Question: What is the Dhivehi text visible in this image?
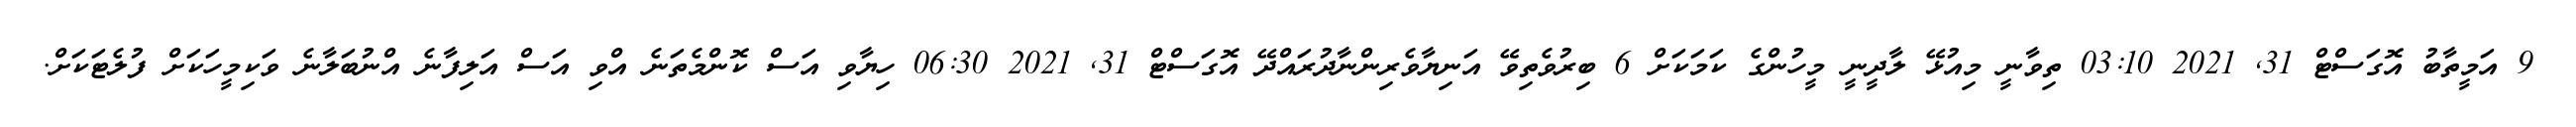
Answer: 9 އަމީތާބު އޮގަސްޓް 31, 2021 03:10 ތިވާނީ މިއުޅޭ ލާދީނީ މީހުންގެ ކަމަކަށް 6 ބިރުވެތިވޭ އަނިޔާވެރިންނާދުރައްދޭ އޮގަސްޓް 31, 2021 06:30 ހިޔާވި އަސް ކޮންމެތަނެ އްވި އަސް އަލިފާނެ އްނުބަލާނެ ވަކިމީހަކަށް ފުލެޓަކަށް.